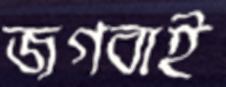
জগবাই